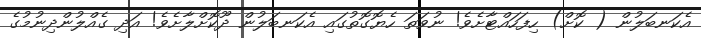
އެކަނބަލުން ( ކޮށް) ހިފަހައްޓާށެވެ! ނުވަތަ ހެޔޮގޮތުގައި އެކަނބަލުން ދޫކޮށްލާށެވެ! އަދި ގެއްލުންދިނުމުގެ